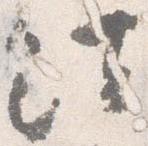
法